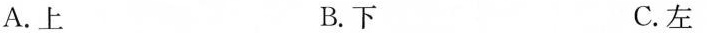
A.上 B.下 C.左